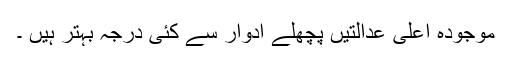
موجودہ اعلٰی عدالتيں پچھلے ادوار سے کئی درجہ بہتر ہيں ۔